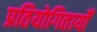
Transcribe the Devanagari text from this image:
प्रतियोगितायोँ